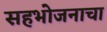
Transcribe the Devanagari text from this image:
सहभोजनाचा